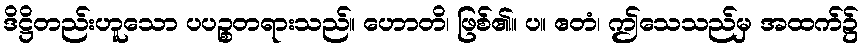
ဒိဋ္ဌိတည်းဟူသော ပပဉ္စတရားသည်။ ဟောတိ၊ ဖြစ်၏။ ပ။ ဧတံ၊ ဤသေသည်မှ အထက်၌